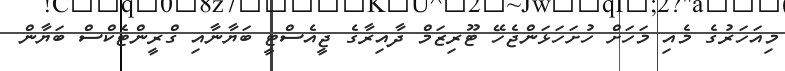
މިއަހަރުގެ މެއި މަހަށް ހުށަހަޅަންޖެހޭ ޓޫރިޒަމް ދާއިރާގެ ޖީއެސްޓީ ބަޔާނާއި ގްރީންޓެކްސް ބަޔާން